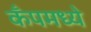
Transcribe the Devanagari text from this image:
कँपमध्ये